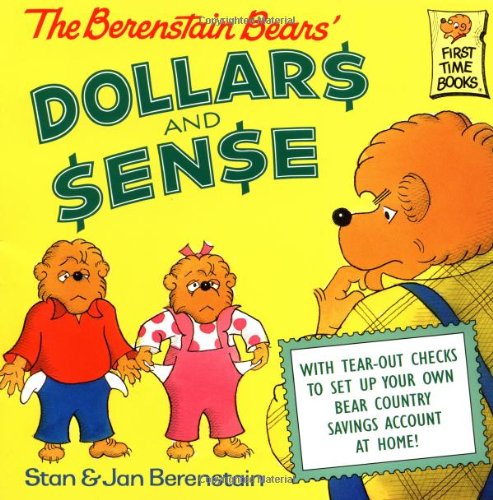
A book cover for The Berenstain Bears' Dollars and Sense; Stan Berenstain; Children's Books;